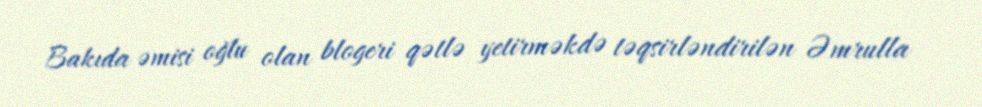
Bakıda əmisi oğlu olan blogeri qətlə yetirməkdə təqsirləndirilən Əmrulla